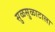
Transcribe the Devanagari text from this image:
सुळसुळाटाला